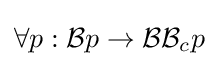
\forall p:{\mathcal {B}}p\to {\mathcal {B}}{\mathcal {B}}_{c}p